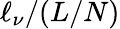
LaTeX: \ell_{\nu}/(L/N)